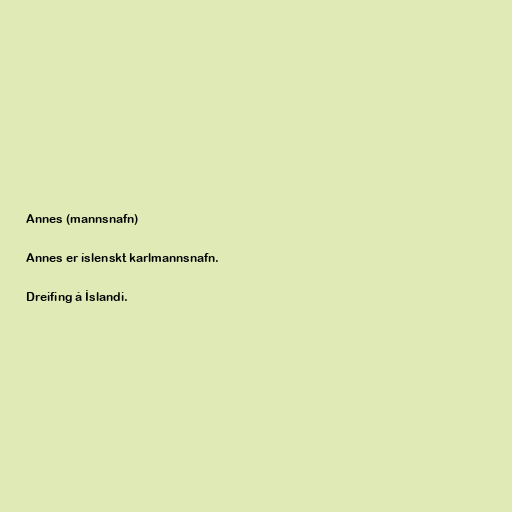
Annes (mannsnafn)

Annes er íslenskt karlmannsnafn.

Dreifing á Íslandi.